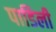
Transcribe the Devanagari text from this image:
पाडिली